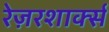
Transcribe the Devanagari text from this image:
रेज़रशार्क्स